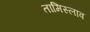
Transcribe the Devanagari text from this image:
तामिस्लाव